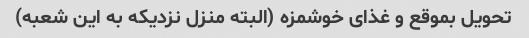
تحویل بموقع و غذای خوشمزه (البته منزل نزدیکه به این شعبه)